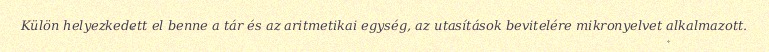
Külön helyezkedett el benne a tár és az aritmetikai egység, az utasítások bevitelére mikronyelvet alkalmazott.